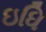
ઇધિ